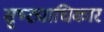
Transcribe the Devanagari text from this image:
सृष्ट्याधिकार